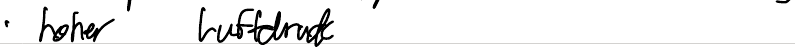
- hoher Luftdruck